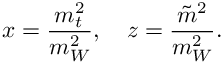
x = \frac { m _ { t } ^ { 2 } } { m _ { W } ^ { 2 } } , ~ ~ ~ z = \frac { \tilde { m } ^ { 2 } } { m _ { W } ^ { 2 } } .